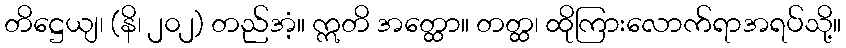
တိဋ္ဌေယျ၊ (နိ၊ ၂၀၂) တည်အံ့။ ဣတိ အတ္ထော။ တတ္ထ၊ ထိုကြားလောက်ရာအရပ်သို့။